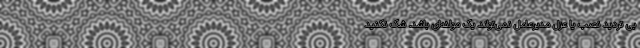
بی تردید نصب یا عزل مدیرعامل نمی‌تواند یک مولفه‌ای باشد. شک نکنید